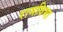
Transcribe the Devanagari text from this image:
रामविभा